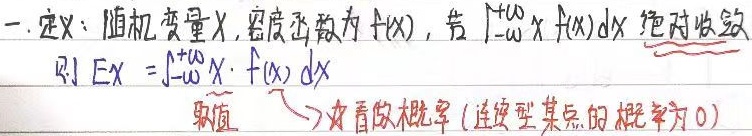
一. 定义：随机变量\(X\)，密度函数为\(f(x)\)，若\(\int_{-\infty}^{+\infty} x f(x)dx\)绝对收敛，则\(EX=\int_{-\infty}^{+\infty} x\cdot f(x)dx\)。
\(\underbrace{\text{取值}} \to\) 如看做概率（连续型某点的概率为\(0\)）